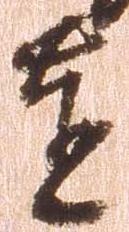
達